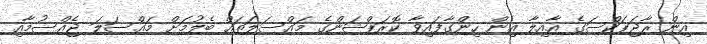
އިން ރާޖަޕަކްސަގެ އާއިލާ އިން ހިންގާފައިވާ ކޮރަޕްޝަންގެ މައްސަލަތައް ބެލުމަށް މައްސަލަ ޖެއްސުމާއި